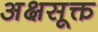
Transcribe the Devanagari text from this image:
अक्षसूक्त